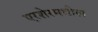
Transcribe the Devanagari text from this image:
एरशेरमधील